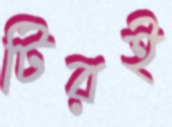
টিরই